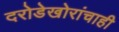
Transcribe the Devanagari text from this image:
दरोडेखोरांचाही